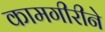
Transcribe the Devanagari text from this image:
कामगीरीने